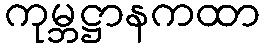
ကုမ္ဘဋ္ဌာနကထာ